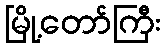
မြို့တော်ကြီး